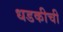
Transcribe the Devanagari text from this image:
धडकीची